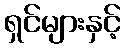
ရှင်များနှင့်